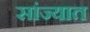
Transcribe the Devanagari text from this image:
सांज्यात